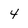
Character: 4